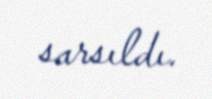
sarsıldı.